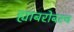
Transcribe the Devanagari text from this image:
ह्याबरोबरच